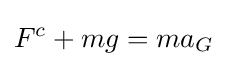
F_{}^{c}+mg=ma_{G}